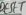
Text: RESET